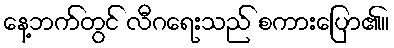
နေ့ဘက်တွင် လီဂရေးသည် စကားပြော၏။